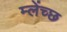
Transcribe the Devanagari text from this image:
म्लेंच्छ